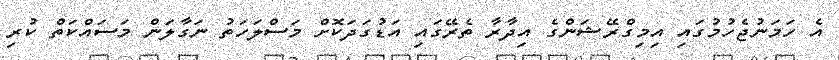
އެ ހަމަނުޖެހުމުގައި އިމިގްރޭޝަންގެ އިދާރާ ތެރޭގައި އަޑުގަދަކޮށް މަސްލަހަތު ނަގާލަން މަސައްކަތް ކުރި